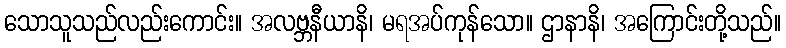
သောသူသည်လည်းကောင်း။ အလဗ္ဘနီယာနိ၊ မရအပ်ကုန်သော။ ဌာနာနိ၊ အကြောင်းတို့သည်။